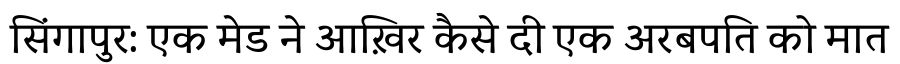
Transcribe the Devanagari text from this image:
सिंगापुर: एक मेड ने आख़िर कैसे दी एक अरबपति को मात